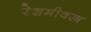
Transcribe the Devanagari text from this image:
रेशमीवस्त्र